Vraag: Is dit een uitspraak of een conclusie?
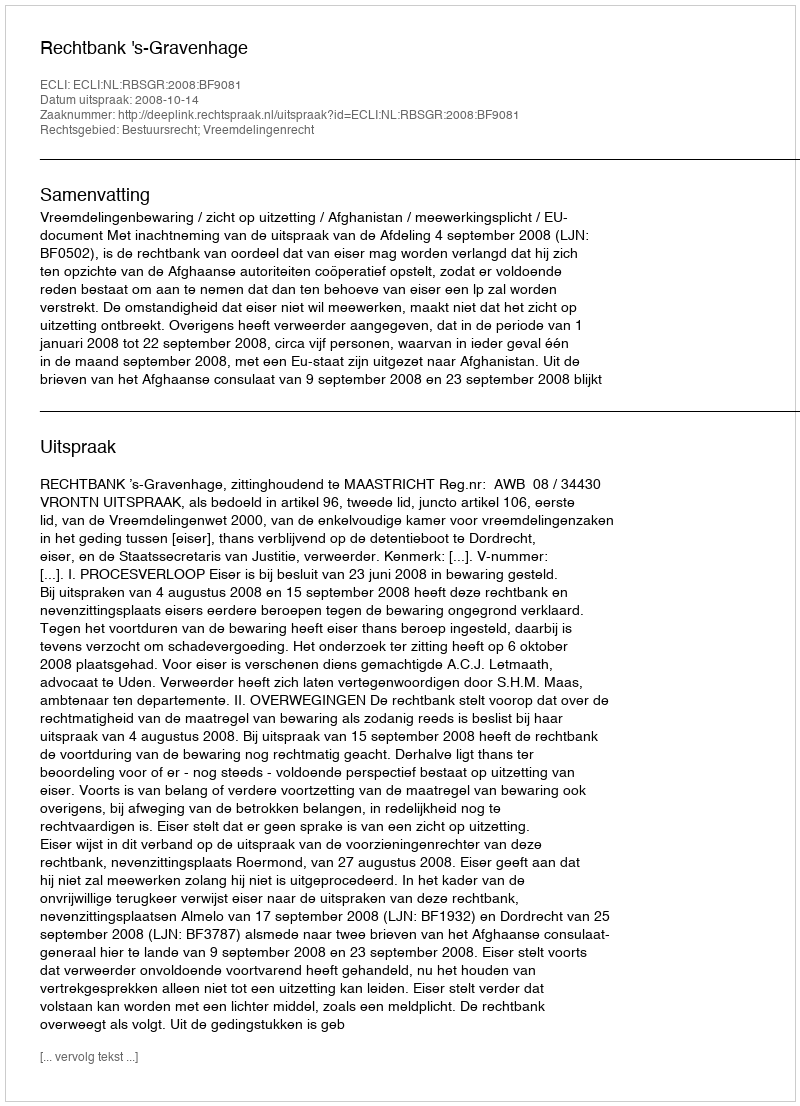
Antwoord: Uitspraak